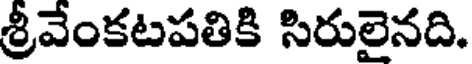
శ్రీవేంకటపతికి సిరులైనది.